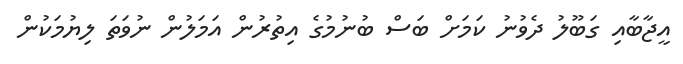
އީޖާބާއި ގަބޫލު ދެވުނު ކަމަށް ބަސް ބުނުމުގެ އިތުރުން އަމަލުން ނުވަތަ ލިޔުމަކުން